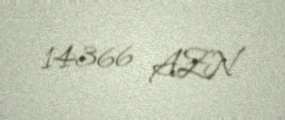
14366 AZN